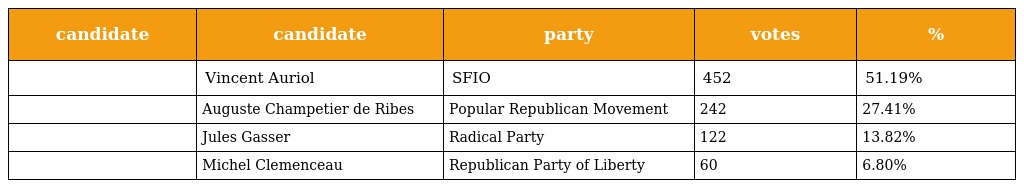
| candidate | candidate | party | votes | % |
 | --- | --- | --- | --- | --- |
 |  | Vincent Auriol | SFIO | 452 | 51.19% |
 |  | Auguste Champetier de Ribes | Popular Republican Movement | 242 | 27.41% |
 |  | Jules Gasser | Radical Party | 122 | 13.82% |
 |  | Michel Clemenceau | Republican Party of Liberty | 60 | 6.80% |